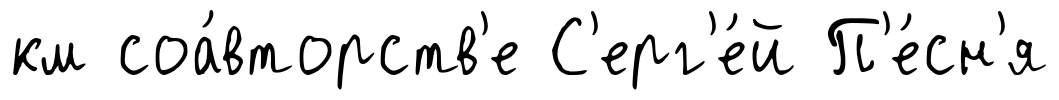
км соа́вторств'е С'ерг'е́й П'е́сн'я